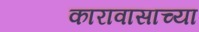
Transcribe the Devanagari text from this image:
कारावासाच्या